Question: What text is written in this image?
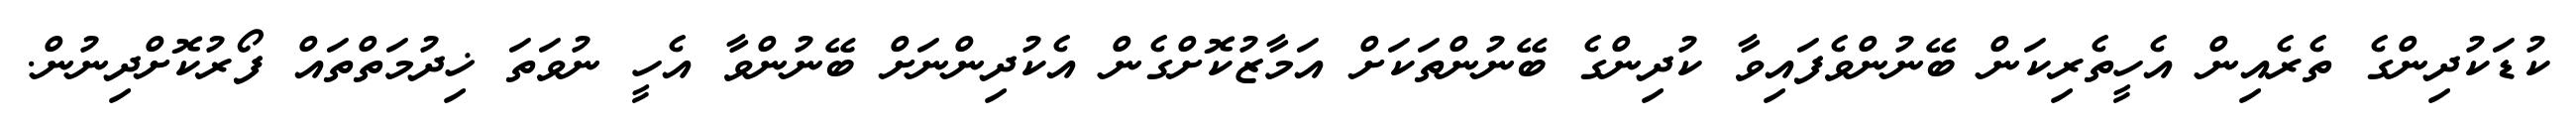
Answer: ކުޑަކުދިންގެ ތެރެއިން އެހީތެރިކަން ބޭނުންވެފައިވާ ކުދިންގެ ބޭނުންތަކަށް އަމާޒުކޮށްގެން އެކުދިންނަށް ބޭނުންވާ އެހީ ނުވަތަ ޚިދުމަތްތައް ފޯރުކޮށްދިނުން.